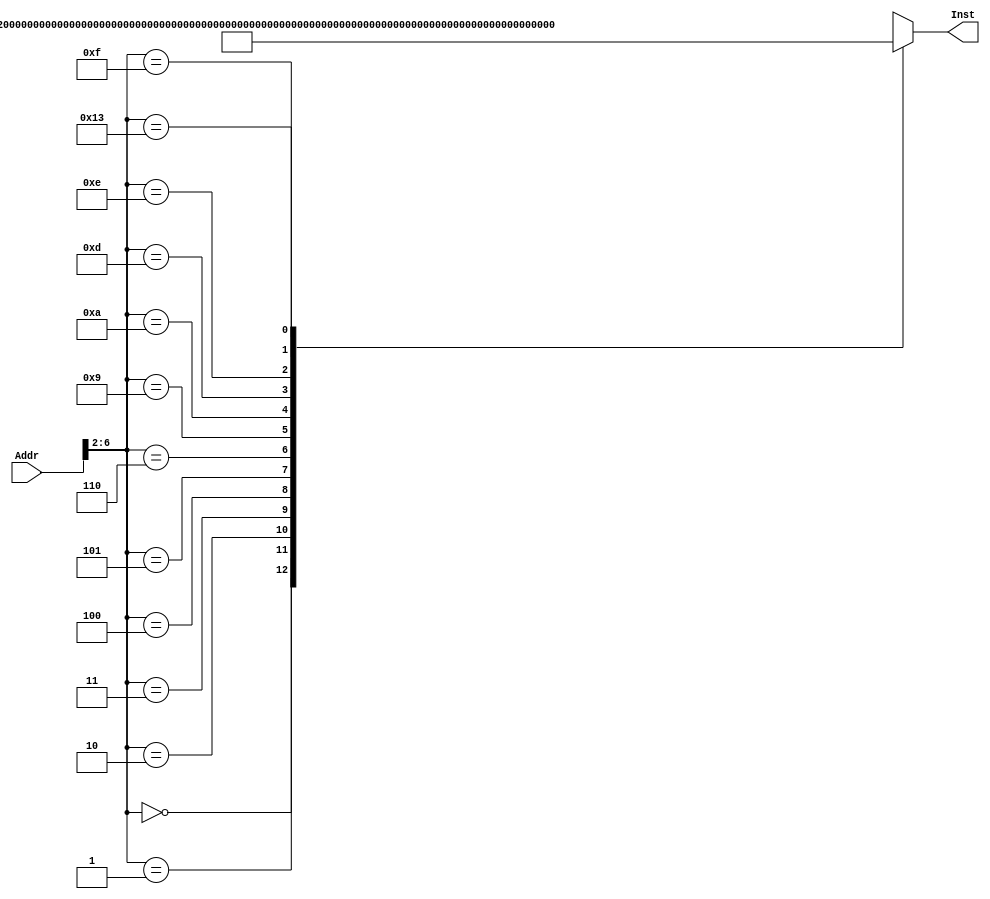
`timescale 1ns / 1ps
//////////////////////////////////////////////////////////////////////////////////
// Company:
// Engineer:
//
// Design Name:
// Module Name: INSTMEM
// Project Name:
// Target Devices:
// Tool Versions:
// Description:
//
// Dependencies:
//
// Revision:
// Revision 0.01 - File Created
// Additional Comments:
//
//////////////////////////////////////////////////////////////////////////////////

module INSTMEM(Addr,Inst);//
input[31:0]Addr;
//input InsMemRW;//'0'
output[31:0]Inst;
wire[31:0]Rom[31:0];
assign Rom[5'h00]=32'h20010008;//addi $1,$0,8 $1=8
assign Rom[5'h01]=32'h3402000C;//ori $2,$0,12 $2=12
assign Rom[5'h02]=32'h00221820;//add $3,$1,$2 $3=20
assign Rom[5'h03]=32'h00412022;//sub $4,$2,$1 $4=4
assign Rom[5'h04]=32'h00222824;//and $5,$1,$2
assign Rom[5'h05]=32'h00223025;//or $6,$1,$2
assign Rom[5'h06]=32'h14220002;//bne $1,$2,2
assign Rom[5'h07]=32'hXXXXXXXX;
assign Rom[5'h08]=32'hXXXXXXXX;
assign Rom[5'h09]=32'h10220002;// beq $1,$2,2
assign Rom[5'h0A]=32'h0800000D;// J 0D
assign Rom[5'h0B]=32'hXXXXXXXX;
assign Rom[5'h0C]=32'hXXXXXXXX;
assign Rom[5'h0D]=32'hAD02000A;// sw $2 10($8) memory[$8+10]=12
assign Rom[5'h0E]=32'h8D04000A;//lw $4 10($8) $4=12
assign Rom[5'h0F]=32'h10440003;//beq $2,$4,3
assign Rom[5'h10]=32'hXXXXXXXX;
assign Rom[5'h11]=32'hXXXXXXXX;
assign Rom[5'h12]=32'hXXXXXXXX;
assign Rom[5'h13]=32'h30470009;//andi $2,9,$7
assign Rom[5'h14]=32'hXXXXXXXX;
assign Rom[5'h15]=32'hXXXXXXXX;
assign Rom[5'h16]=32'hXXXXXXXX;
assign Rom[5'h17]=32'hXXXXXXXX;
assign Rom[5'h18]=32'hXXXXXXXX;
assign Rom[5'h19]=32'hXXXXXXXX;
assign Rom[5'h1A]=32'hXXXXXXXX;
assign Rom[5'h1B]=32'hXXXXXXXX;
assign Rom[5'h1C]=32'hXXXXXXXX;
assign Rom[5'h1D]=32'hXXXXXXXX;
assign Rom[5'h1E]=32'hXXXXXXXX;
assign Rom[5'h1F]=32'hXXXXXXXX;
assign Inst=Rom[Addr[6:2]];
endmodule